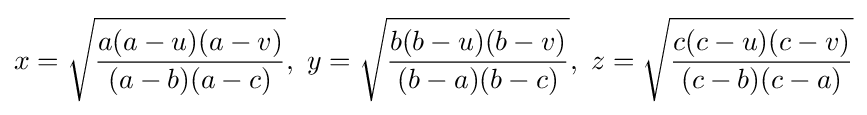
x={\sqrt {a(a-u)(a-v) \over (a-b)(a-c)}},\,\,y={\sqrt {b(b-u)(b-v) \over (b-a)(b-c)}},\,\,z={\sqrt {c(c-u)(c-v) \over (c-b)(c-a)}}